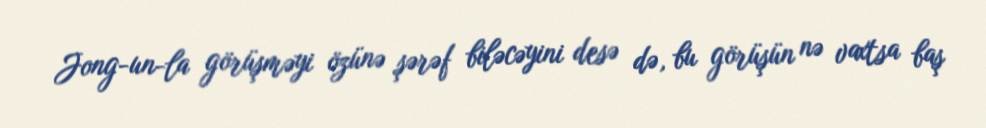
Jong-un-la görüşməyi özünə şərəf biləcəyini desə də, bu görüşün nə vaxtsa baş